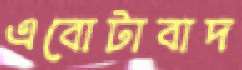
এবোটাবাদ